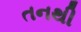
તનથી